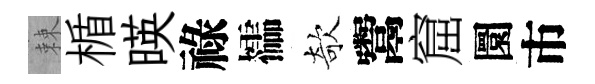
棘楯暎祿櫺欹鬻窟圜市